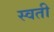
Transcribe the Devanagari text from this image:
स्वती